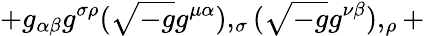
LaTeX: +g_{\alpha\beta}g^{\sigma\rho}({\sqrt{-g}}g^{\mu\alpha}),_{\sigma}({\sqrt{-g}}g^{\nu\beta}),_{\rho}+